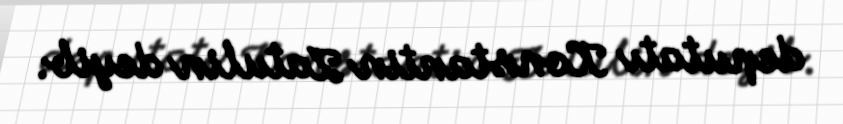
deputatı Konstantin Zatulin deyib.